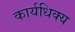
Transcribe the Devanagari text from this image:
कार्यधिक्य